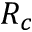
R _ { c }